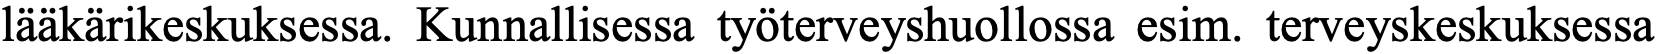
lääkärikeskuksessa. Kunnallisessa työterveyshuollossa esim. terveyskeskuksessa